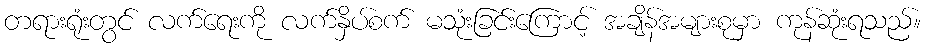
တရားရုံးတွင် လက်ရေးကို လက်နှိပ်စက် မသုံးခြင်းကြောင့် အချိန်အများစုမှာ ကုန်ဆုံးရသည်။